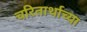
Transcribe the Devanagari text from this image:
चरितार्थाच्या